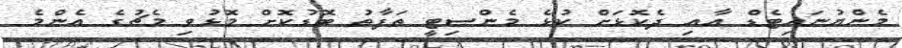
މެންޔުނައިޓެޑް އާއި ދެކޮޅަށް ކުޅެ މެންސިޓީ ތަފާތު ބޮޑުކޮށް މޮޅުވި މެޗުގެ އެންމެ